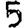
Digit: 5